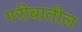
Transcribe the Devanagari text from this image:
गरीबातील